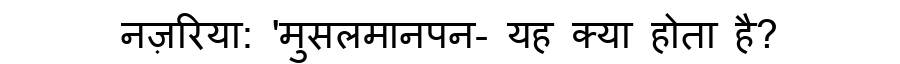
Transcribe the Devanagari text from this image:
नज़रिया: 'मुसलमानपन- यह क्या होता है?